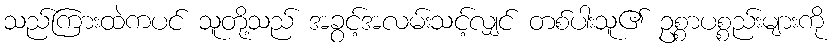
သည်ကြားထဲကပင် သူတို့သည် အခွင့်အလမ်းသင့်လျှင် တစ်ပါးသူ၏ ဥစ္စာပစ္စည်းများကို